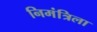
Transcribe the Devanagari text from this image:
निमंत्रिला